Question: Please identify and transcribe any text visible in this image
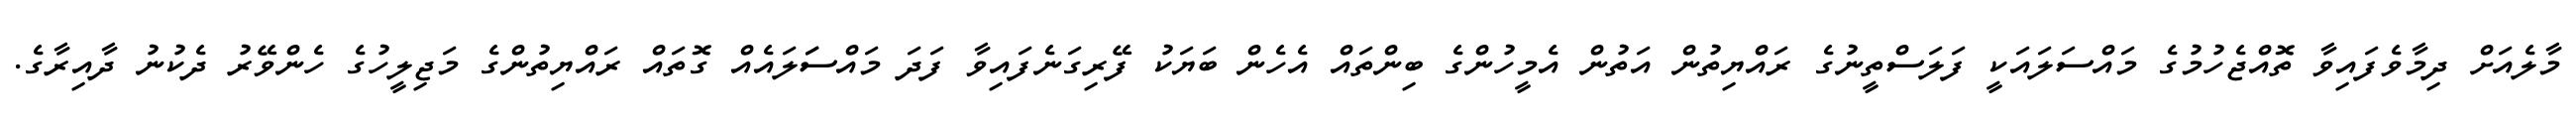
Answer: މާލެއަށް ދިމާވެފައިވާ ތޮއްޖެހުމުގެ މައްސަލައަކީ ފަލަސްތީނުގެ ރައްޔިތުން އަތުން އެމީހުންގެ ބިންތައް އެހެން ބަޔަކު ފޭރިގަނެފައިވާ ފަދަ މައްސަަލައެއް ގޮތައް ރައްޔިތުންގެ މަޖިލީހުގެ ހެންވޭރު ދެކުނު ދާއިރާގެ.